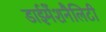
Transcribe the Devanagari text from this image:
डाईमेंशनैलिटी